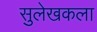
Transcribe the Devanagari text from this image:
सुलेखकला